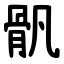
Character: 骪